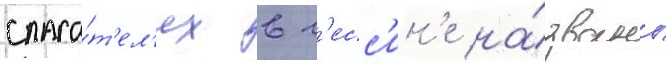
спаса́т'ел'ях в м'есс'ин'е на́званы